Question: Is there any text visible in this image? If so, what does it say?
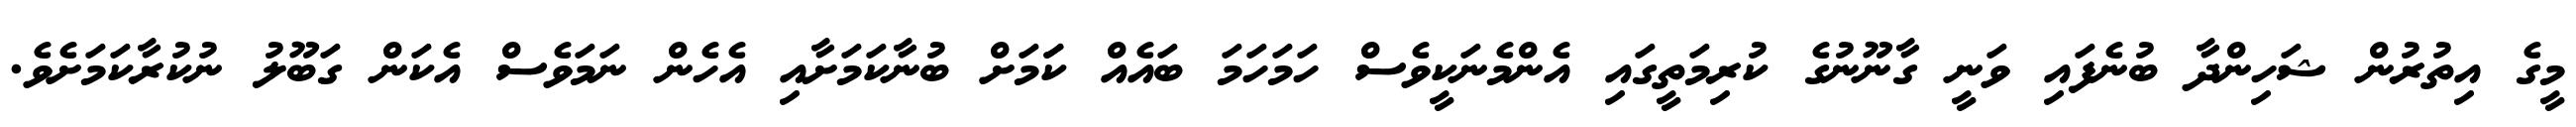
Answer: މީގެ އިތުރުން ޝަހިންދާ ބުނެފައި ވަނީ ގާނޫނުގެ ކުރިމަތީގައި އެންމެނަކީވެސް ހަމަހަމަ ބައެއް ކަަމަށް ބުނާކަމަށާއި އެހެން ނަމަވެސް އެކަން ގަބޫލު ނުކުރާކަމަށެވެ.